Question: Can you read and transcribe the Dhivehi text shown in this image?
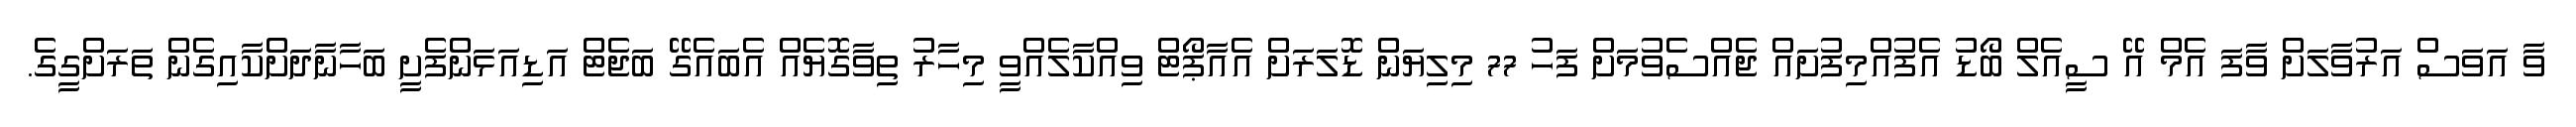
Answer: ވާ އަވަސް އަރުވާލަށް ވާފަ އެމް އޭ ސީއެލް ބޯޑު އެފުއްމިފުށައް ޖެއްސެވުމަށް ފަހު 77 މިލިޔަން ޑޮލަރަށް އެއާޕޯޓް ވިއްކާލެއްވީ މިހާރު ތިވާގޮޔެއް އެބައެގޭ ބަޖެޓް އަޑިއަޅަންފެށީ ބަހާނާދަށްކާއިގެން ތަރަށްގީގެ.